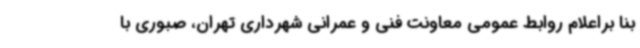
بنا براعلام روابط عمومی معاونت فنی و عمرانی شهرداری تهران، صبوری با